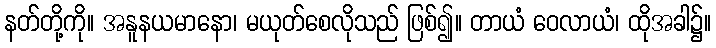
နတ်တို့ကို။ အနူနယမာနော၊ မယုတ်စေလိုသည် ဖြစ်၍။ တာယံ ဝေလာယံ၊ ထိုအခါ၌။